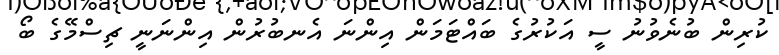
ކުރިން ބުނެވުނު ސީ އަކުރުގެ ބައްޓަމަން އިންނަ އެނބުރުން އިންނަނީ ޗިސްމޭގެ ބޯ